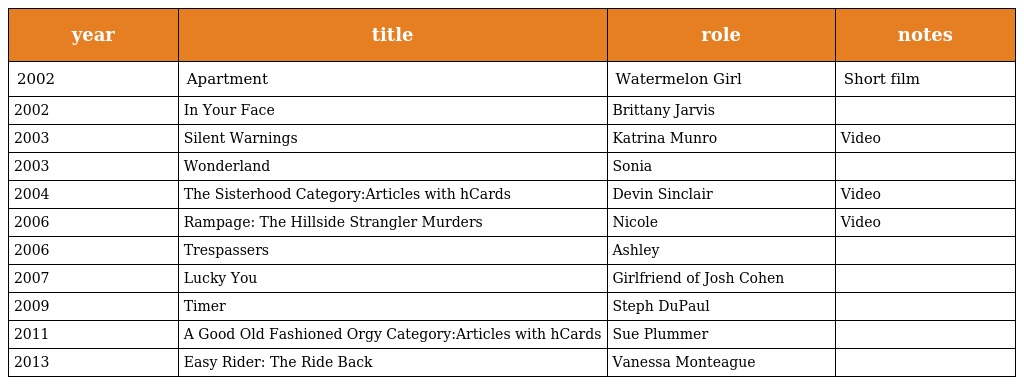
| year | title | role | notes |
 | --- | --- | --- | --- |
 | 2002 | Apartment | Watermelon Girl | Short film |
 | 2002 | In Your Face | Brittany Jarvis |  |
 | 2003 | Silent Warnings | Katrina Munro | Video |
 | 2003 | Wonderland | Sonia |  |
 | 2004 | The Sisterhood Category:Articles with hCards | Devin Sinclair | Video |
 | 2006 | Rampage: The Hillside Strangler Murders | Nicole | Video |
 | 2006 | Trespassers | Ashley |  |
 | 2007 | Lucky You | Girlfriend of Josh Cohen |  |
 | 2009 | Timer | Steph DuPaul |  |
 | 2011 | A Good Old Fashioned Orgy Category:Articles with hCards | Sue Plummer |  |
 | 2013 | Easy Rider: The Ride Back | Vanessa Monteague |  |